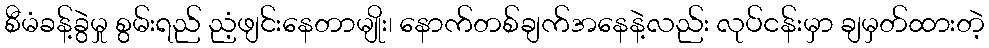
စီမံခန့်ခွဲမှု စွမ်းရည် ညံ့ဖျင်းနေတာမျိုး၊ နောက်တစ်ချက်အနေနဲ့လည်း လုပ်ငန်းမှာ ချမှတ်ထားတဲ့